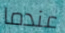
عندما